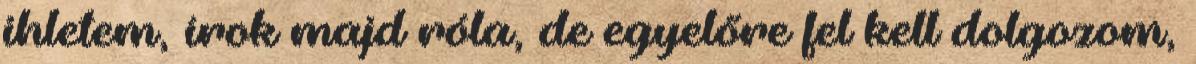
ihletem, írok majd róla, de egyelőre fel kell dolgozom,